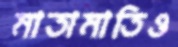
মাতামাতিও